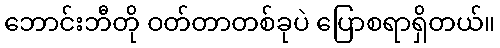
ဘောင်းဘီတို ဝတ်တာတစ်ခုပဲ ပြောစရာရှိတယ်။